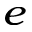
^ e